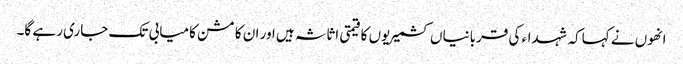
انھوں نے کہاکہ شہداء کی قربانیاں کشمیریوں کا قیمتی اثاثہ ہیں اور ان کا مشن کامیابی تک جاری رہے گا۔